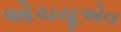
એચયૂએલ